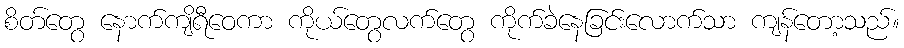
စိတ်တွေ နောက်ကျိရီဝေကာ ကိုယ်တွေလက်တွေ ကိုက်ခဲနေခြင်းလောက်သာ ကျန်တော့သည်။